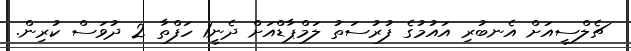
ޗެލްސީއަށް އެނބުރި އައުމުގެ ފުރުސަތު ލަމްޕާޑްއަށް ދެނީ1 ހަފްތާ 2 ދުވަސް ކުރިން.